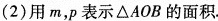
2)用m，p表示△AOB的面积。